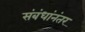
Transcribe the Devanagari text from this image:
संबंधांनंतर